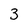
Character: 3